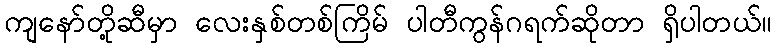
ကျနော်တို့ဆီမှာ လေးနှစ်တစ်ကြိမ် ပါတီကွန်ဂရက်ဆိုတာ ရှိပါတယ်။